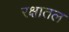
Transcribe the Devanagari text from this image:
रक्षातल